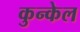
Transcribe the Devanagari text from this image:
कुन्केल